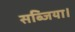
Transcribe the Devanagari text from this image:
सब्जिया।